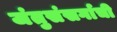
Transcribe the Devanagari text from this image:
जंतुसंसर्गाची